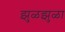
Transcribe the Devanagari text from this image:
झुळझुळा